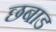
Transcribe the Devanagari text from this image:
छबाड